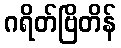
ဂရိတ်ဗြိတိန်